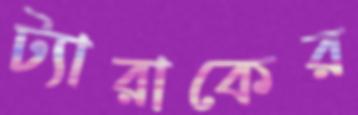
ট্যারাকের